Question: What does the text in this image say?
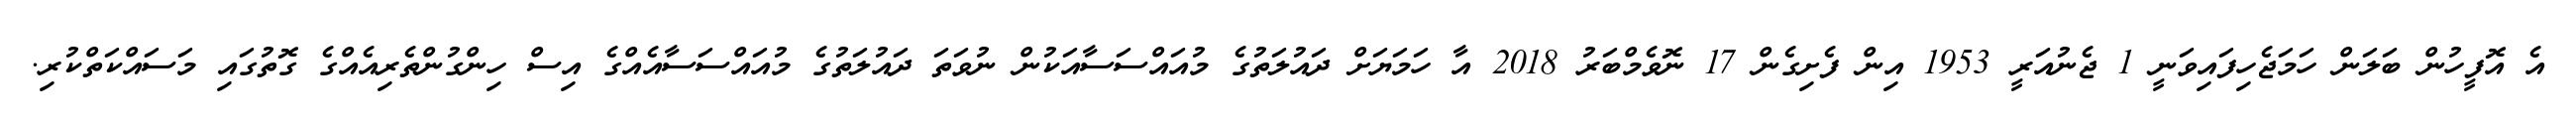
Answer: އެ އޮފީހުން ބަލަން ހަމަޖެހިފައިވަނީ 1 ޖެނުއަރީ 1953 އިން ފެށިގެން 17 ނޮވެމްބަރު 2018 އާ ހަމަޔަށް ދައުލަތުގެ މުއައްސަސާއަކުން ނުވަތަ ދައުލަތުގެ މުއައްސަސާއެއްގެ އިސް ހިންގުންތެރިއެއްގެ ގޮތުގައި މަސައްކަތްކުރި.